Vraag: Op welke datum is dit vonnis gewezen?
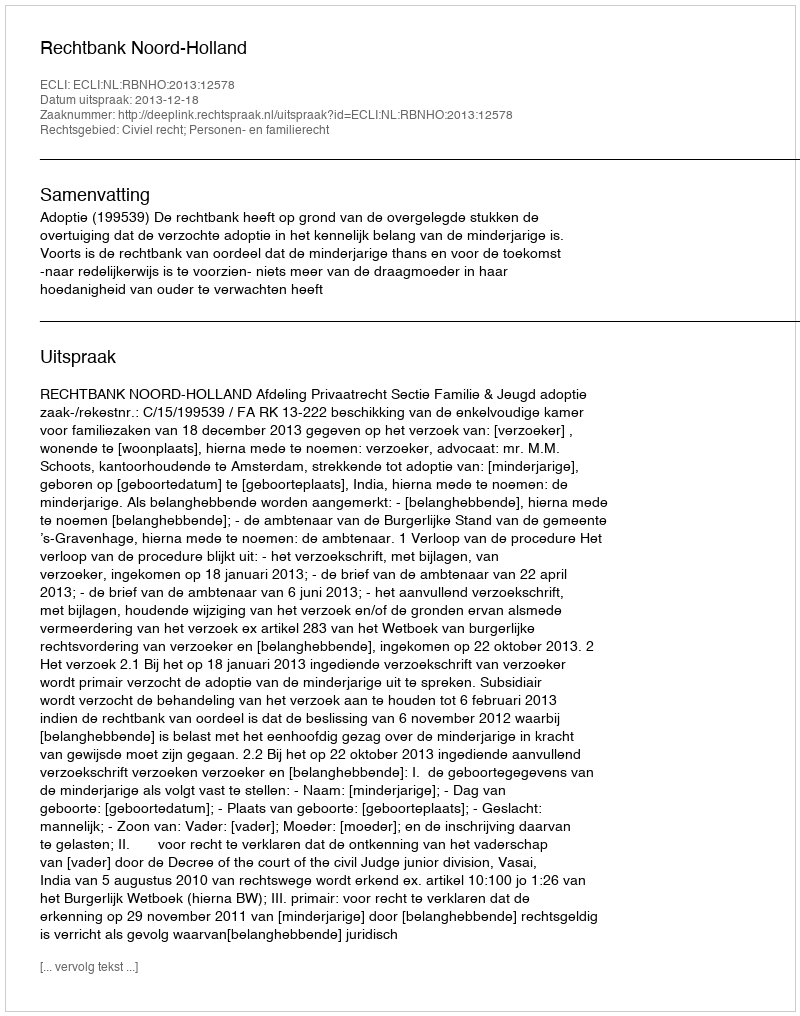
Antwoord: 2013-12-18